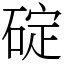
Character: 碇